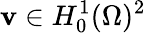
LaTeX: \mathbf{v}\in H_{0}^{1}(\Omega)^{2}